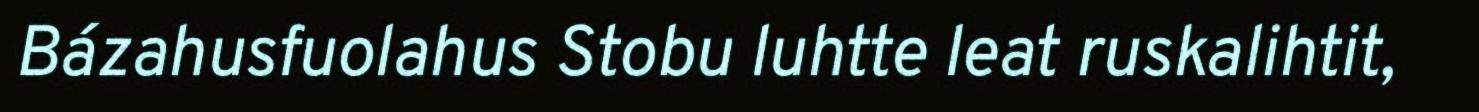
Bázahusfuolahus Stobu luhtte leat ruskalihtit,